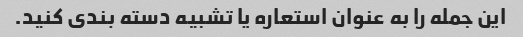
این جمله را به عنوان استعاره یا تشبیه دسته بندی کنید.